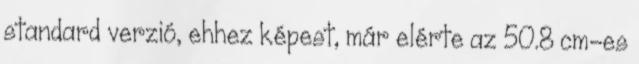
standard verzió, ehhez képest, már elérte az 50.8 cm-es